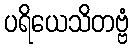
ပရိယေသိတဗ္ဗံ